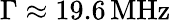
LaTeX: \Gamma\approx 19.6\, \mathrm{MHz}